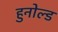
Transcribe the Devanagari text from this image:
हुनोल्ड